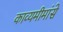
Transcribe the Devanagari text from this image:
काव्यमीमांसे